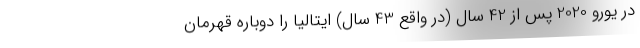
در یورو 2020 پس از 42 سال (در واقع 43 سال) ایتالیا را دوباره قهرمان